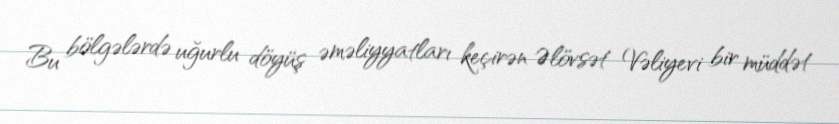
Bu bölgələrdə uğurlu döyüş əməliyyatları keçirən Əlövsət Vəliyevi bir müddət